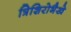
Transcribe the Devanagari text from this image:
त्रिशिरोभैखे